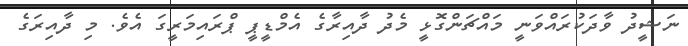
ނަޝީދު ވާދަކުރައްވަނީ މައްޗަންގޮޅީ މެދު ދާއިރާގެ އެމްޑީޕީ ޕްރައިމަރީގަ އެވެ. މި ދާއިރަގެ